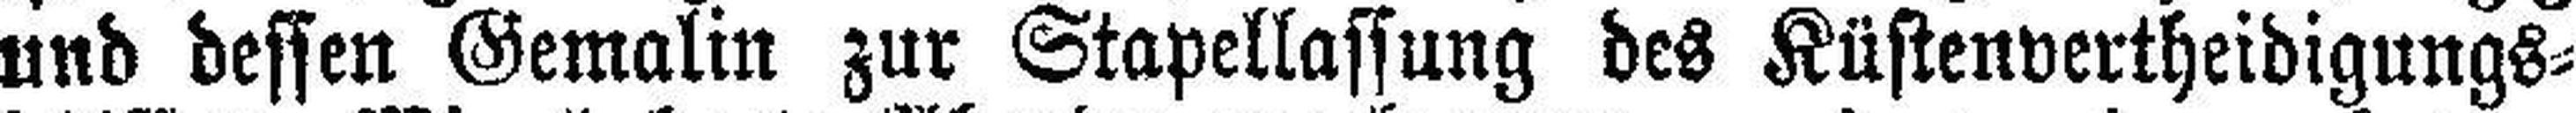
und dessen Gemalin zur Stapellassung des Küstenvertheidigungs¬